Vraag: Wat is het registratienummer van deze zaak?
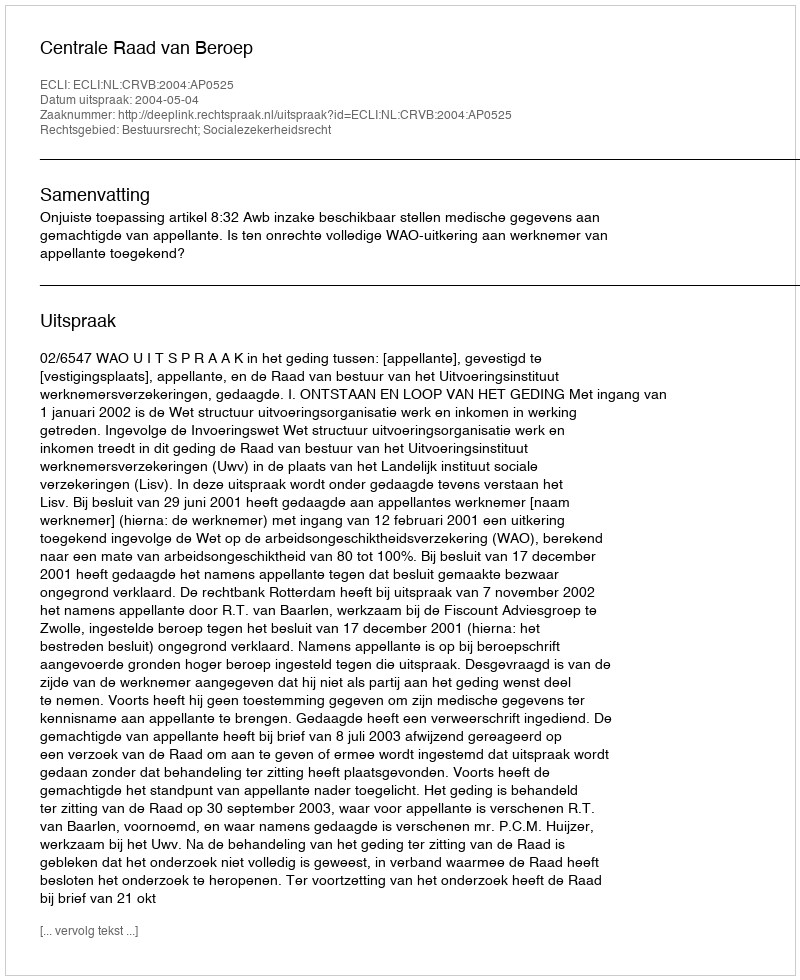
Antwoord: http://deeplink.rechtspraak.nl/uitspraak?id=ECLI:NL:CRVB:2004:AP0525